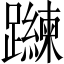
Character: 𲄐